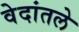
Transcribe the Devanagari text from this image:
वेदांतले